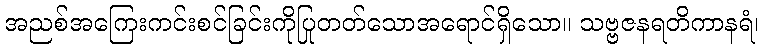
အညစ်အကြေးကင်းစင်ခြင်းကိုပြုတတ်သောအရောင်ရှိသော။ သဗ္ဗဇနရတိကာနရံ၊